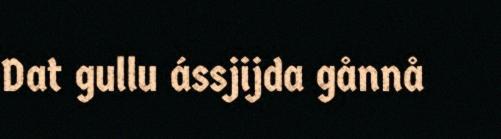
Dat gullu ássjijda gånnå